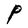
Character: P